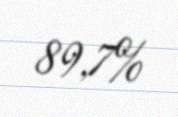
89,7%